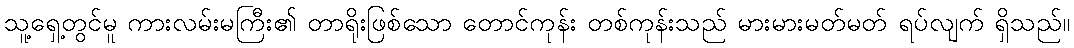
သူ့ရှေ့တွင်မူ ကားလမ်းမကြီး၏ တာရိုးဖြစ်သော တောင်ကုန်း တစ်ကုန်းသည် မားမားမတ်မတ် ရပ်လျက် ရှိသည်။